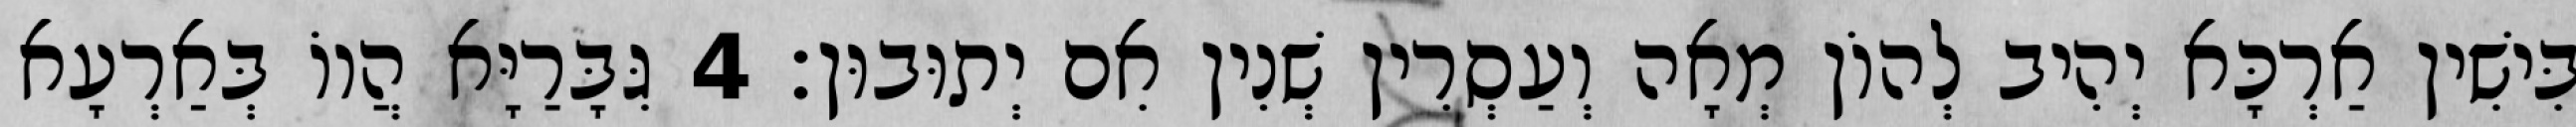
בִּישִׁין אַרְכָּא יְהִיב לְהוֹן מְאָה וְעַסְרִין שְׁנִין אִם יְתוּבוּן׃ 4 גִּבָּרַיָּא הֲווֹ בְּאַרְעָא